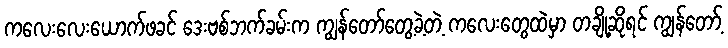
ကလေးလေးယောက်ဖခင် ဒေးဗစ်ဘက်ခမ်းက ကျွန်တော်တွေ့ခဲ့တဲ့ ကလေးတွေထဲမှာ တချို့ဆိုရင် ကျွန်တော့်